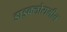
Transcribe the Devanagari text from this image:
डाइक्लोरामीन